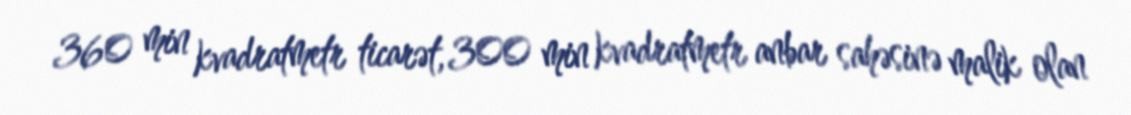
360 min kvadratmetr ticarət, 300 min kvadratmetr anbar sahəsinə malik olan